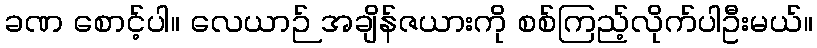
ခဏ စောင့်ပါ။ လေယာဉ် အချိန်ဇယားကို စစ်ကြည့်လိုက်ပါဦးမယ်။